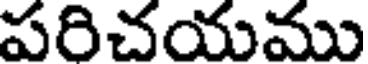
పరిచయము